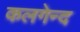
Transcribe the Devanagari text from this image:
कलगेन्द